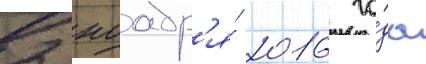
2 ноабр'я́ 2016 го́да